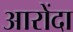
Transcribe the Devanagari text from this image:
आरोंदा